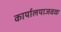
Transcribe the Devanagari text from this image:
कार्यालयाजवळ